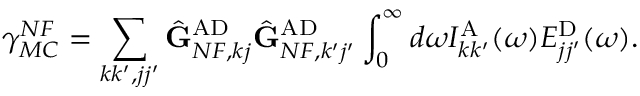
\gamma _ { M C } ^ { N F } = \sum _ { k k ^ { \prime } , j j ^ { \prime } } \hat { \mathbf { G } } _ { N F , k j } ^ { \mathrm { A D } } \hat { \mathbf { G } } _ { N F , k ^ { \prime } j ^ { \prime } } ^ { \mathrm { A D } } \int _ { 0 } ^ { \infty } d \omega I _ { k k ^ { \prime } } ^ { \mathrm { A } } ( \omega ) E _ { j j ^ { \prime } } ^ { \mathrm { D } } ( \omega ) .